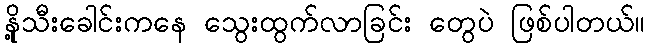
နို့သီးခေါင်းကနေ သွေးထွက်လာခြင်း တွေပဲ ဖြစ်ပါတယ်။